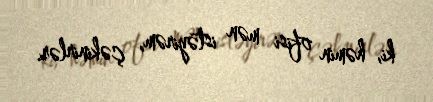
ki, həmin ofisi mən istəyirəm, çəkinirlər.